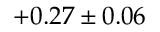
+ 0 . 2 7 \pm 0 . 0 6